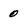
Character: 0